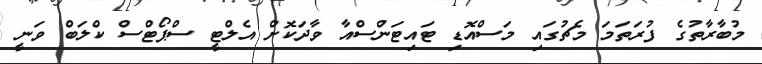
މުބާރާތުގެ ފުރަތަމަ މެޗުގައި މަސްއޮޑި ޓައިޓަންސްއާ ވާދަކޮށް އެލްޓީ ސްޕޯޓްސް ކްލަބް ވަނީ